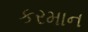
કરમાન